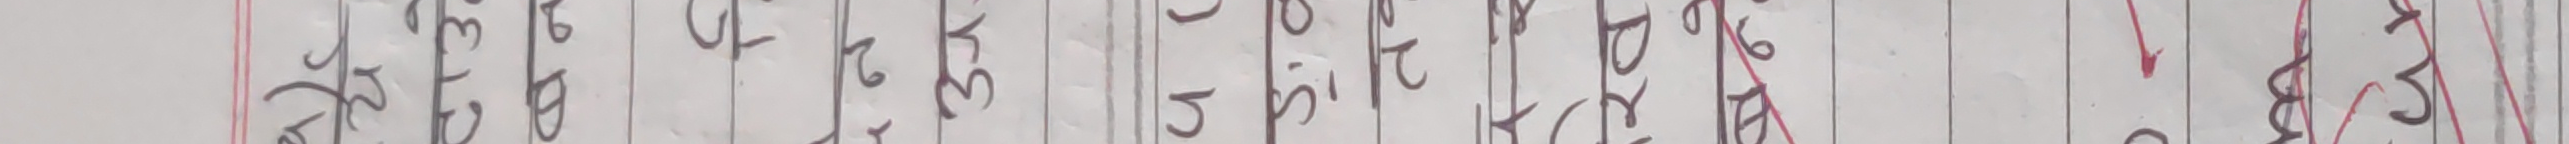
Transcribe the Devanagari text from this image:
बाहेक पनि